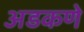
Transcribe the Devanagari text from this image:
अडकणे